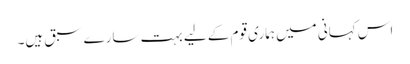
اس کہانی میں ہماری قوم کے لیے بہت سارے سبق ہیں۔